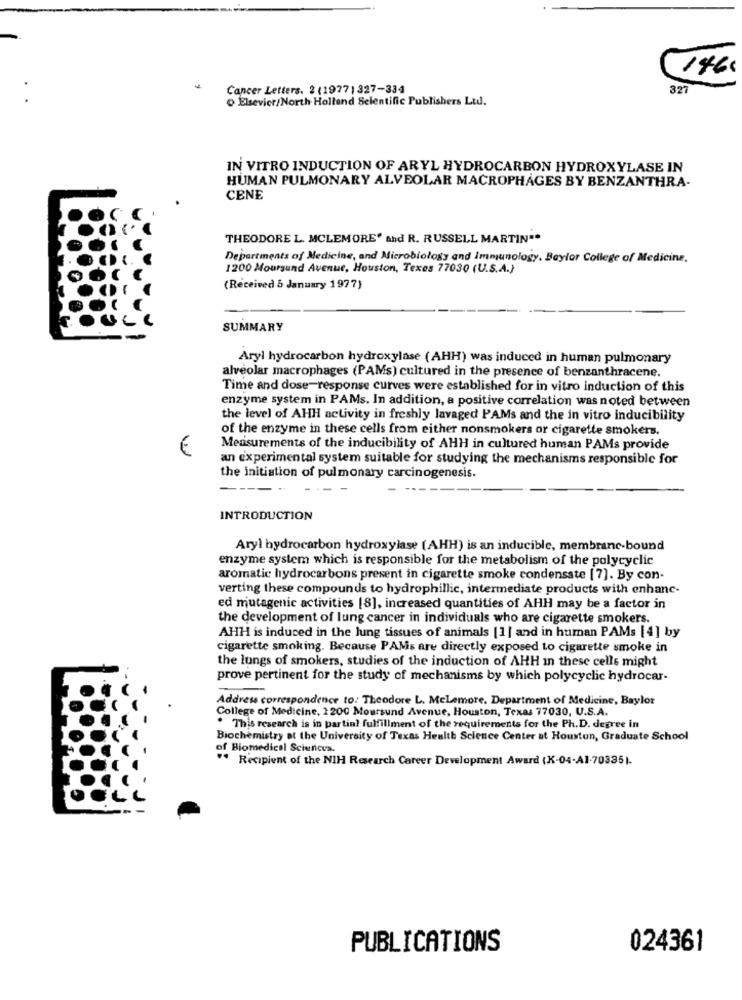
146€
Cancer Letters. 2 (1977) 327-334
327
Elsevier/North Holland Selentific Publishers Ltd.
IN VITRO INDUCTION OF ARYL HYDROCARBON HYDROXYLASE IN
HUMAN PULMONARY ALVEOLAR MACROPHAGES BY BENZANTHRA-
CENE
THEODORE L. MCLEMORE' and R. RUSSELL MARTIN".
Departments of Medicine, and Microbiology and Immunology. Baylor College of Medicine.
1200 Moursund Avenue, Houston, Texas 77030 (U.S.A.)
(Received 5 January 1977)
SUMMARY
Aryl hydrocarbon hydroxylase (AHH) was induced in human pulmonary
alveolar macrophages (PAMs) cultured in the presence of benzanthracene.
Time and dose-response curves were established for in vitro induction of this
enzyme system in PAMs. In addition, a positive correlation was noted between
the level of AHH activity in freshly lavaged PAMs and the in vitro inducibility
of the enzyme in these cells from either nonsmokers or cigarette smokers.
Measurements of the inducibility of AHH in cultured human PAMs provide
an experimental system suitable for studying the mechanisms responsible for
the initiation of pulmonary carcinogenesis.
-----
INTRODUCTION
Aryl hydrocarbon hydroxylase (AHH) is an inducible, membrane-bound
enzyme system which is responsible for the metabolism of the polycyclic
aromatic hydrocarbons present in cigarette smoke condensate [7]. By con-
verting these compounds to hydrophillic, intermediate products with enhanc-
ed mutagenic activities [8], increased quantities of AHH may be a factor in
the development of lung cancer in individuals who are cigarette smokers.
AHH is induced in the lung tissues of animals [1 ] and in human PAMs [4] by
cigarette smoking. Because PAMs are directly exposed to cigarette smoke in
the lungs of smokers, studies of the induction of AHH in these celle might
prove pertinent for the study of mechanisms by which polycyclic hydrocar-
Address correspondence to: Theodore L. MeLemore. Department of Medicine, Baylor
College of Medicine, 2200 Moursund Avenue, Houston, Texas 77030, U.S.A.
. This research is in partial fulfillment of the requirements for the Ph.D. degree in
Biochemistry at the University of Texas Health Science Center at Houston, Graduate School
of Biomedical Sciences.
** Recipient of the NIH Research Career Development Award (K-04-Al.70335).
PUBLICATIONS
024361